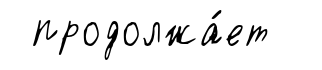
продолжа́ет